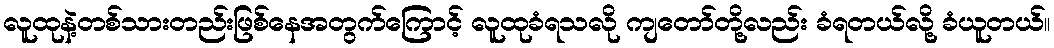
လူထုနဲ့တစ်သားတည်းဖြစ်နေအတွက်ကြောင့် လူထုခံရသလို ကျတော်တို့လည်း ခံရတယ်လို့ ခံယူတယ်။